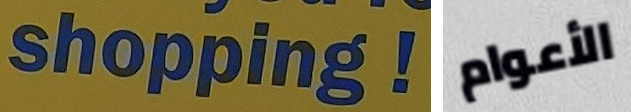
shopping! الأعوام